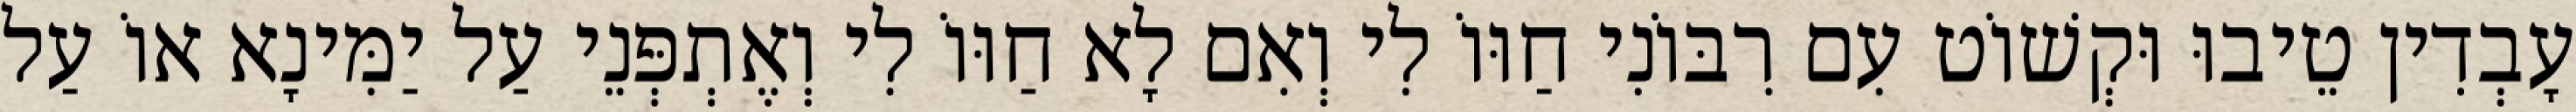
עָבְדִין טֵיבוּ וּקְשׁוֹט עִם רִבּוֹנִי חַוּוֹ לִי וְאִם לָא חַוּוֹ לִי וְאֶתְפְּנֵי עַל יַמִּינָא אוֹ עַל